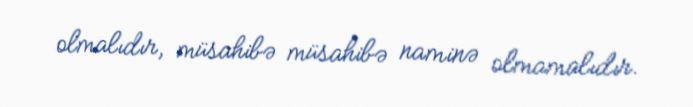
olmalıdır, müsahibə müsahibə naminə olmamalıdır.